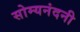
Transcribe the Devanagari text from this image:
सोम्यनंदनी